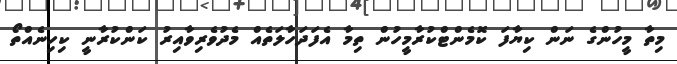
މިތާ މީހުންގެ ނަން ކިޔާފަ ކޮމެންޓްކުރާމީހުން ތިމާ އެފަދަހާލަތެއް މެދުވެރިވާއިރު ކަންކުރާނީ ކިހިނެއްތޯ